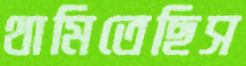
থামিতেছিস